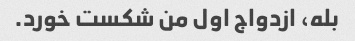
بله، ازدواج اول من شکست خورد.